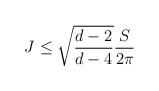
\begin{align*}J \leq \sqrt{\frac{d-2}{d-4}} \frac{S}{2 \pi}\end{align*}